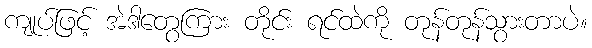
ကျုပ်ဖြင့် အဲဒါတွေကြား တိုင်း ရင်ထဲကို တုန်တုန်သွားတာပဲ။